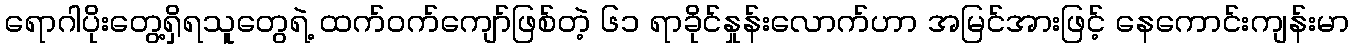
ရောဂါပိုးတွေ့ရှိရသူတွေရဲ့ ထက်ဝက်ကျော်ဖြစ်တဲ့ ၆၁ ရာခိုင်နှုန်းလောက်ဟာ အမြင်အားဖြင့် နေကောင်းကျန်းမာ